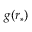
g ( r _ { * } )